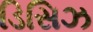
ડિસિઝ